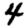
Digit: 4